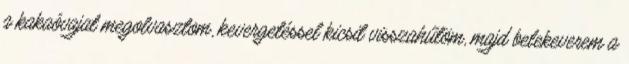
a kakaóvajat megolvasztom, kevergetéssel kicsit visszahűtöm, majd belekeverem a